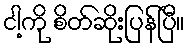
ငါ့ကို စိတ်ဆိုးပြန်ပြီ။